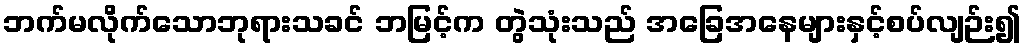
ဘက်မလိုက်သောဘုရားသခင် ဘမြင့်က တွဲသုံးသည် အခြေအနေများနှင့်စပ်လျဉ်း၍